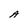
Character: A